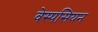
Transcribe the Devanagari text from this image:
वेस्पसियन